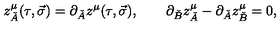
z _ { \check { A } } ^ { \mu } ( \tau , \vec { \sigma } ) = \partial _ { \check { A } } z ^ { \mu } ( \tau , \vec { \sigma } ) , \quad \quad \partial _ { \check { B } } z _ { \check { A } } ^ { \mu } - \partial _ { \check { A } } z _ { \check { B } } ^ { \mu } = 0 ,